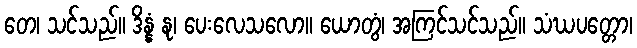
တေ၊ သင်သည်။ ဒိန္နံ နု၊ ပေးလေသလော။ ယောတွံ၊ အကြင်သင်သည်။ သံဃပတ္တော၊